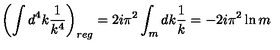
\left( \int d ^ { 4 } k \frac { 1 } { k ^ { 4 } } \right) _ { r e g } = 2 i \pi ^ { 2 } \int _ { m } d k \frac { 1 } { k } = - 2 i \pi ^ { 2 } \ln m